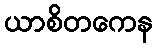
ယာစိတကေန